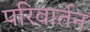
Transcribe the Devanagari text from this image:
परिवार्तन